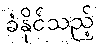
ခံနိုင်သည့်